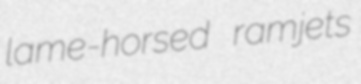
lame-horsed ramjets